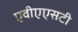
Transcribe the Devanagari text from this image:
एवीएएसटी